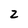
Character: Z